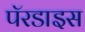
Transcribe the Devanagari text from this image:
पॅरडाइस